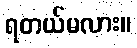
ရတယ်မလား။